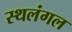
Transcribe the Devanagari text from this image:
स्थलंगल